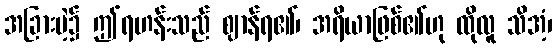
အခြားမဲ့၌ ဤရဟန်းသည် ဈာန်ရ၏၊ အရိယာဖြစ်၏ဟု ထိုလူ သိအံ့၊